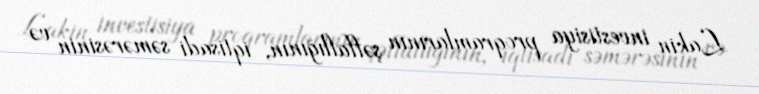
Lakin investisiya proqramlarının şəffaflığının, iqtisadi səmərəsinin və